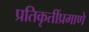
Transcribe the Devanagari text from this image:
प्रतिकृतींप्रमाणे